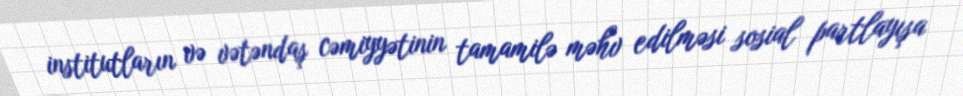
institutların və vətəndaş cəmiyyətinin tamamilə məhv edilməsi sosial partlayışa